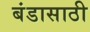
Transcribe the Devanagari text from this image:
बंडासाठी